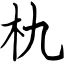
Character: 朹